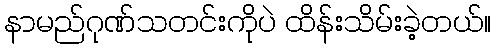
နာမည်ဂုဏ်သတင်းကိုပဲ ထိန်းသိမ်းခဲ့တယ်။